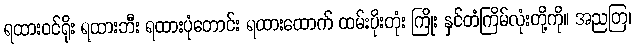
ရထားဝင်ရိုး ရထားဘီး ရထားပုံတောင်း ရထားထောက် ထမ်းပိုးတုံး ကြိုး နှင်တံကြိမ်လုံးတို့ကို။ အညတြ၊